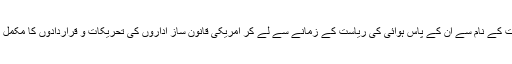
آزادی کی دستاویزات کے نام سے ان کے پاس ہوائی کی ریاست کے زمانے سے لے کر امریکی قانون ساز اداروں کی تحریکات و قراردادوں کا مکمل ریکارڈ موجود ہے۔